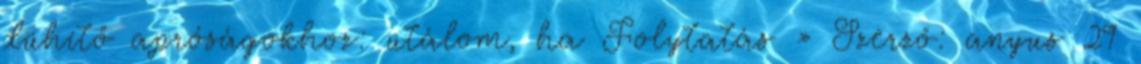
dühítő apróságokhoz: utálom, ha Folytatás » Szerző: anyus 29